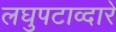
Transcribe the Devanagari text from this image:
लघुपटाव्दारे